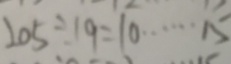
2 0 5 \div 1 9 = 1 0 \cdots 1 5